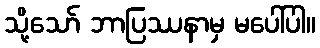
သို့သော် ဘာပြဿနာမှ မပေါ်ပါ။